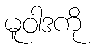
မူဝါဒကို